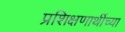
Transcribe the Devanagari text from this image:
प्रशिक्षणार्थीच्या